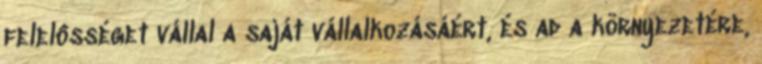
felelôsséget vállal a saját vállalkozásáért, és ad a környezetére,